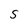
Character: S